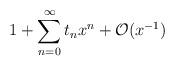
LaTeX: \begin{align*}1 + \sum_{n=0}^\infty t_n x^n + {\cal O}(x^{-1})\end{align*}